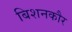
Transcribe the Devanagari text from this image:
बिशनकौर